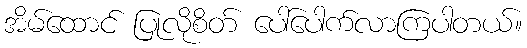
အိမ်ထောင် ပြုလိုစိတ် ပေါ်ပေါက်လာကြပါတယ်။